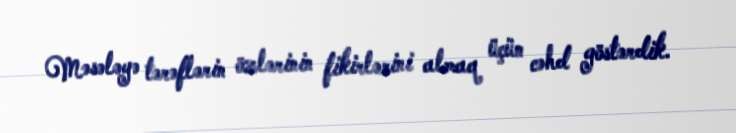
Məsələyə tərəflərin özlərinin fikirlərini almaq üçün cəhd göstərdik.